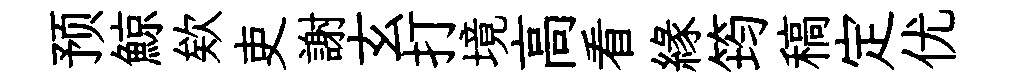
预鯨欸吏謝玄打境高看緣筠稿定优